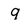
Character: 9